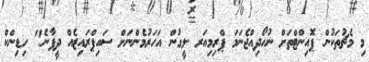
މި މެޗުތަކުން ޕޮއިންޓްތަށް ނުހޯދިއްޖެނަމަ ޕްރިމިއަރ ލީގުން އަހަރުމެންނަށް ސައިޕްރައިޒެއް ދީފާނެ" ހިޑިންކް